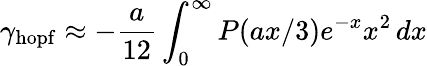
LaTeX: \gamma_{\mathrm{hopf}}\approx-\frac{a}{12}\int_{0}^{\infty}P(ax/3)e^{-x}x^{2}\, dx